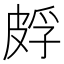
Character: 𬐕